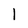
Character: 1